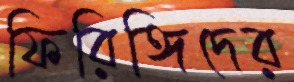
ফিরিঙ্গিদের